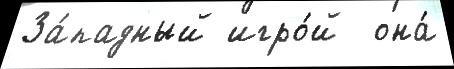
За́падный игро́й  она́